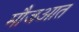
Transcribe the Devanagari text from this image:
मौजआत